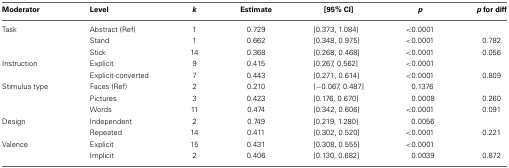
<table><thead><tr><td><b>Moderator</b></td><td><b>Level</b></td><td><b><i>k</i></b></td><td><b>Estimate</b></td><td><b>[95% CI]</b></td><td><b><i>p</i></b></td><td><b><i>p</i> for diff</b></td></tr></thead><tbody><tr><td>Task</td><td>Abstract (Ref)</td><td>1</td><td>0.729</td><td>[0.373, 1.084]</td><td>&lt;0.0001</td><td></td></tr><tr><td></td><td>Stand</td><td>1</td><td>0.662</td><td>[0.348, 0.975]</td><td>&lt;0.0001</td><td>0.782</td></tr><tr><td></td><td>Stick</td><td>14</td><td>0.368</td><td>[0.268, 0.468]</td><td>&lt;0.0001</td><td>0.056</td></tr><tr><td>Instruction</td><td>Explicit</td><td>9</td><td>0.415</td><td>[0.267, 0.562]</td><td>&lt;0.0001</td><td></td></tr><tr><td></td><td>Explicit-converted</td><td>7</td><td>0.443</td><td>[0.271, 0.614]</td><td>&lt;0.0001</td><td>0.809</td></tr><tr><td>Stimulus type</td><td>Faces (Ref)</td><td>2</td><td>0.210</td><td>[−0.067, 0.487]</td><td>0.1376</td><td></td></tr><tr><td></td><td>Pictures</td><td>3</td><td>0.423</td><td>[0.176, 0.670]</td><td>0.0008</td><td>0.260</td></tr><tr><td></td><td>Words</td><td>11</td><td>0.474</td><td>[0.342, 0.606]</td><td>&lt;0.0001</td><td>0.091</td></tr><tr><td>Design</td><td>Independent</td><td>2</td><td>0.749</td><td>[0.219, 1.280]</td><td>0.0056</td><td></td></tr><tr><td></td><td>Repeated</td><td>14</td><td>0.411</td><td>[0.302, 0.520]</td><td>&lt;0.0001</td><td>0.221</td></tr><tr><td>Valence</td><td>Explicit</td><td>15</td><td>0.431</td><td>[0.308, 0.555]</td><td>&lt;0.0001</td><td></td></tr><tr><td></td><td>Implicit</td><td>2</td><td>0.406</td><td>[0.130, 0.682]</td><td>0.0039</td><td>0.872</td></tr></tbody></table>